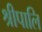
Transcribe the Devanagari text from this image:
श्रीपालि